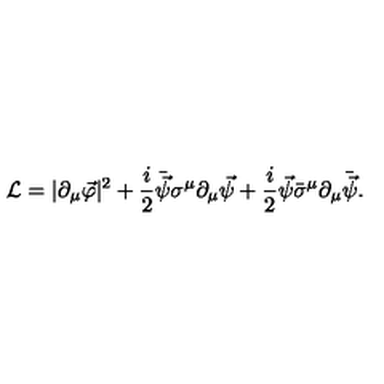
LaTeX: { \cal L } = | \partial _ { \mu } \vec { \varphi } | ^ { 2 } + \frac { i } { 2 } \bar { \vec { \psi } } \sigma ^ { \mu } \partial _ { \mu } \vec { \psi } + \frac { i } { 2 } \vec { \psi } \bar { \sigma } ^ { \mu } \partial _ { \mu } \bar { \vec { \psi } } .